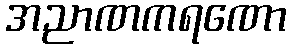
အညာဏကရဏော